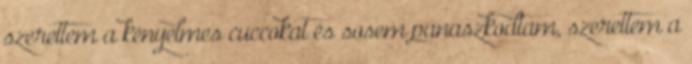
szerettem a kényelmes cuccokat és sosem panaszkodtam, szerettem a